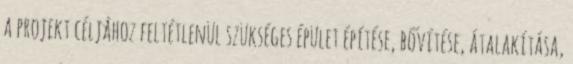
a projekt céljához feltétlenül szükséges épület építése, bővítése, átalakítása,